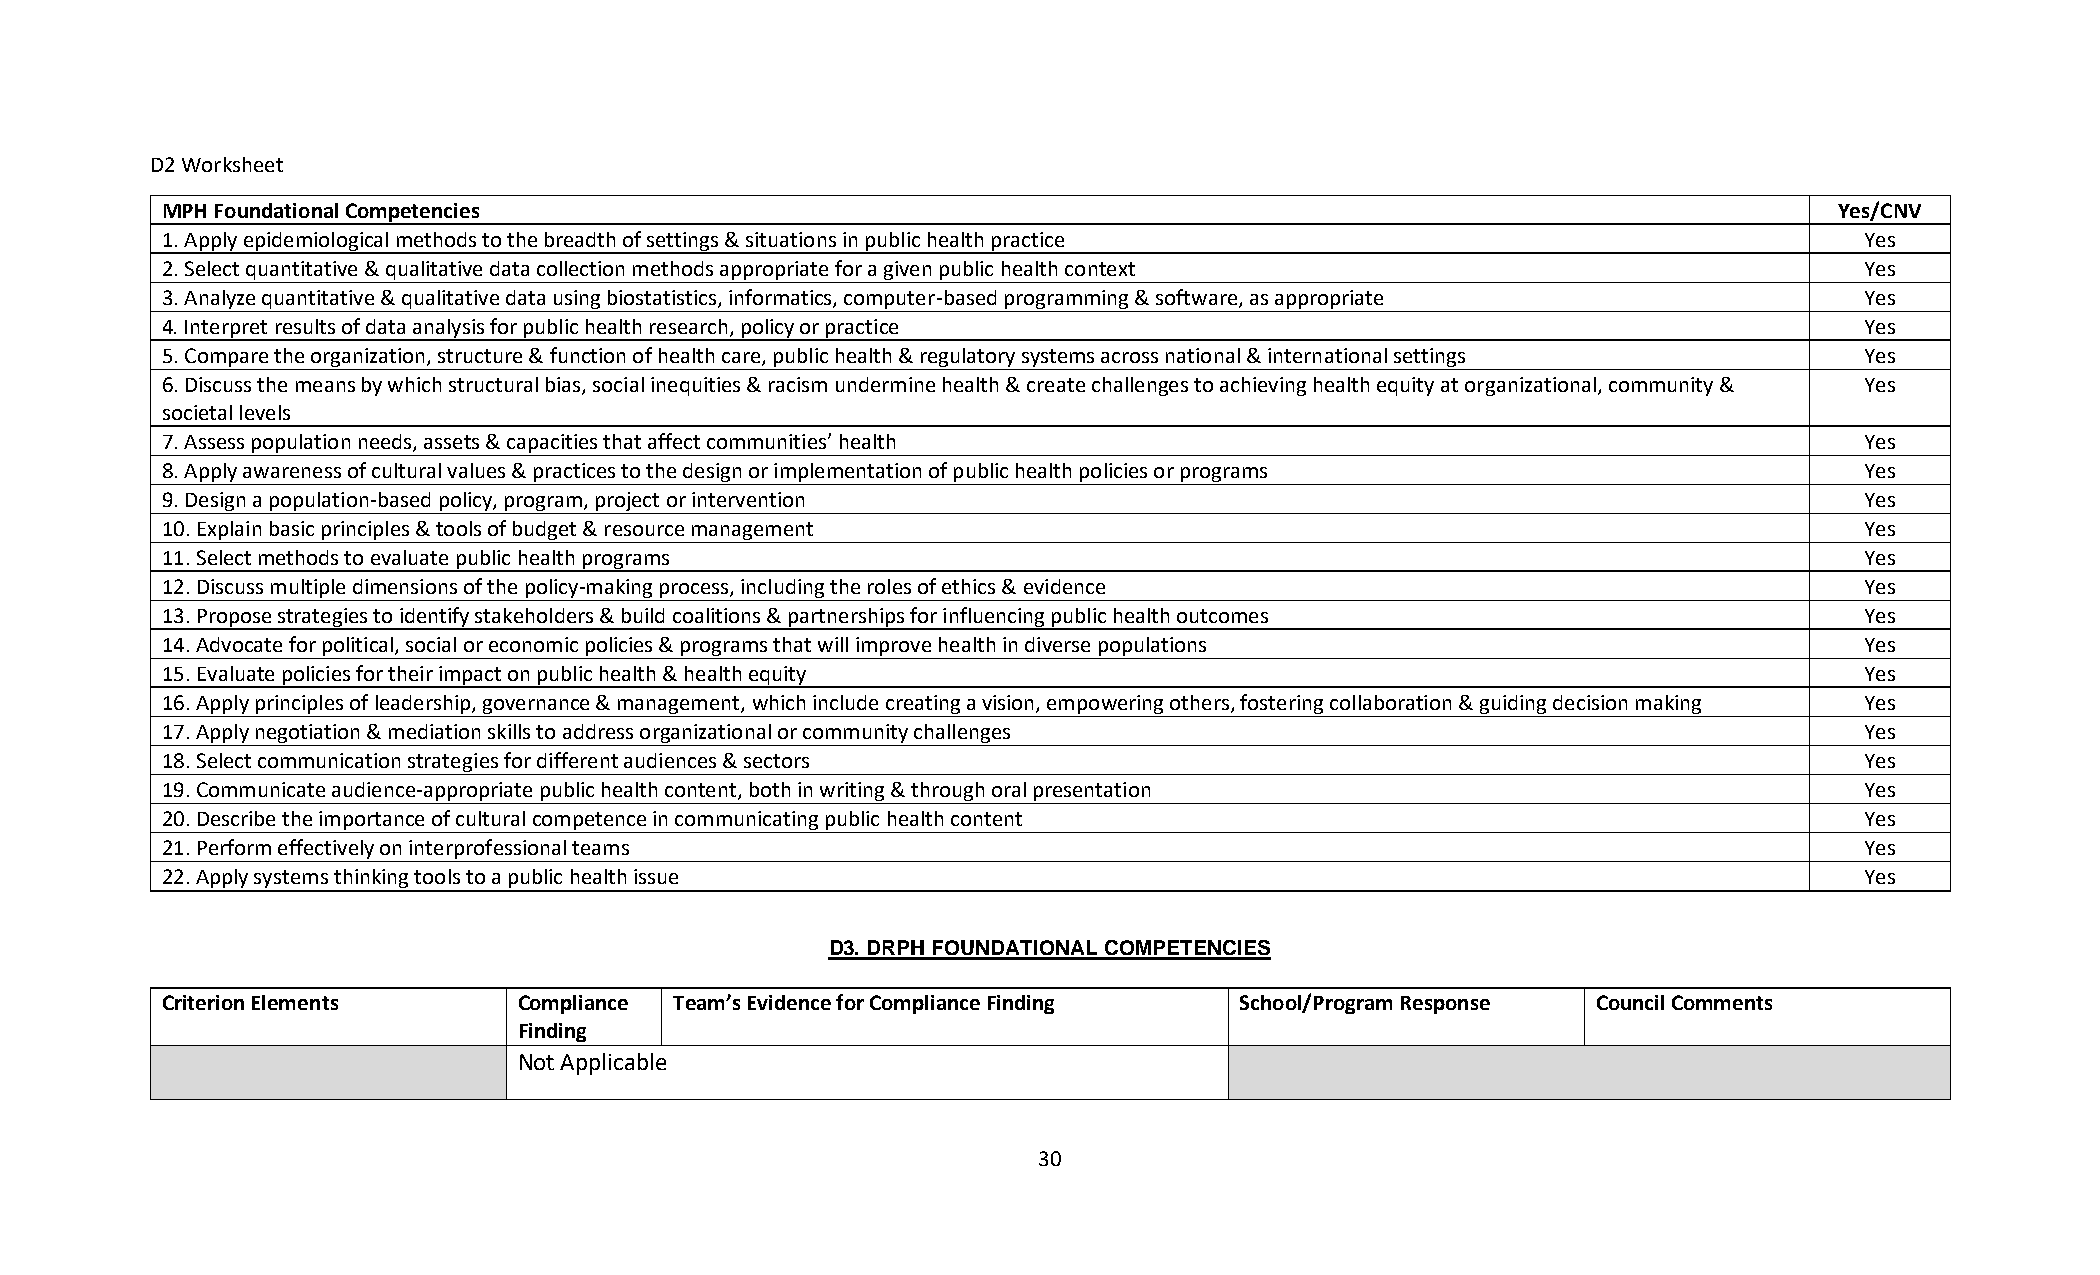
D2 Worksheet
 MPH Foundational Competencies                                                                                  Yes/CNV
 1. Apply epidemiological methods to the breadth of settings & situations in public health practice              Yes
 2. Select quantitative & qualitative data collection methods appropriate for a given public health context      Yes
 3. Analyze quantitative & qualitative data using biostatistics, informatics, computer-based programming & software, as appropriate Yes
 4. Interpret results of data analysis for public health research, policy or practice                            Yes
 5. Compare the organization, structure & function of health care, public health & regulatory systems across national & international settings Yes
 6. Discuss the means by which structural bias, social inequities & racism undermine health & create challenges to achieving health equity at organizational, community & Yes
 societal levels
 7. Assess population needs, assets & capacities that affect communities’ health                                 Yes
 8. Apply awareness of cultural values & practices to the design or implementation of public health policies or programs Yes
 9. Design a population-based policy, program, project or intervention                                           Yes
 10. Explain basic principles & tools of budget & resource management                                            Yes
 11. Select methods to evaluate public health programs                                                           Yes
 12. Discuss multiple dimensions of the policy-making process, including the roles of ethics & evidence          Yes
 13. Propose strategies to identify stakeholders & build coalitions & partnerships for influencing public health outcomes Yes
 14. Advocate for political, social or economic policies & programs that will improve health in diverse populations Yes
 15. Evaluate policies for their impact on public health & health equity                                         Yes
 16. Apply principles of leadership, governance & management, which include creating a vision, empowering others, fostering collaboration & guiding decision making Yes
 17. Apply negotiation & mediation skills to address organizational or community challenges                      Yes
 18. Select communication strategies for different audiences & sectors                                           Yes
 19. Communicate audience-appropriate public health content, both in writing & through oral presentation         Yes
 20. Describe the importance of cultural competence in communicating public health content                       Yes
 21. Perform effectively on interprofessional teams                                                              Yes
 22. Apply systems thinking tools to a public health issue                                                       Yes
 D3. DRPH FOUNDATIONAL COMPETENCIES
 Criterion Elements     Compliance Team’s Evidence for Compliance Finding School/Program Response Council Comments
 Finding
 Not Applicable
 30